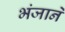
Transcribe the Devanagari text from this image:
भंजाने